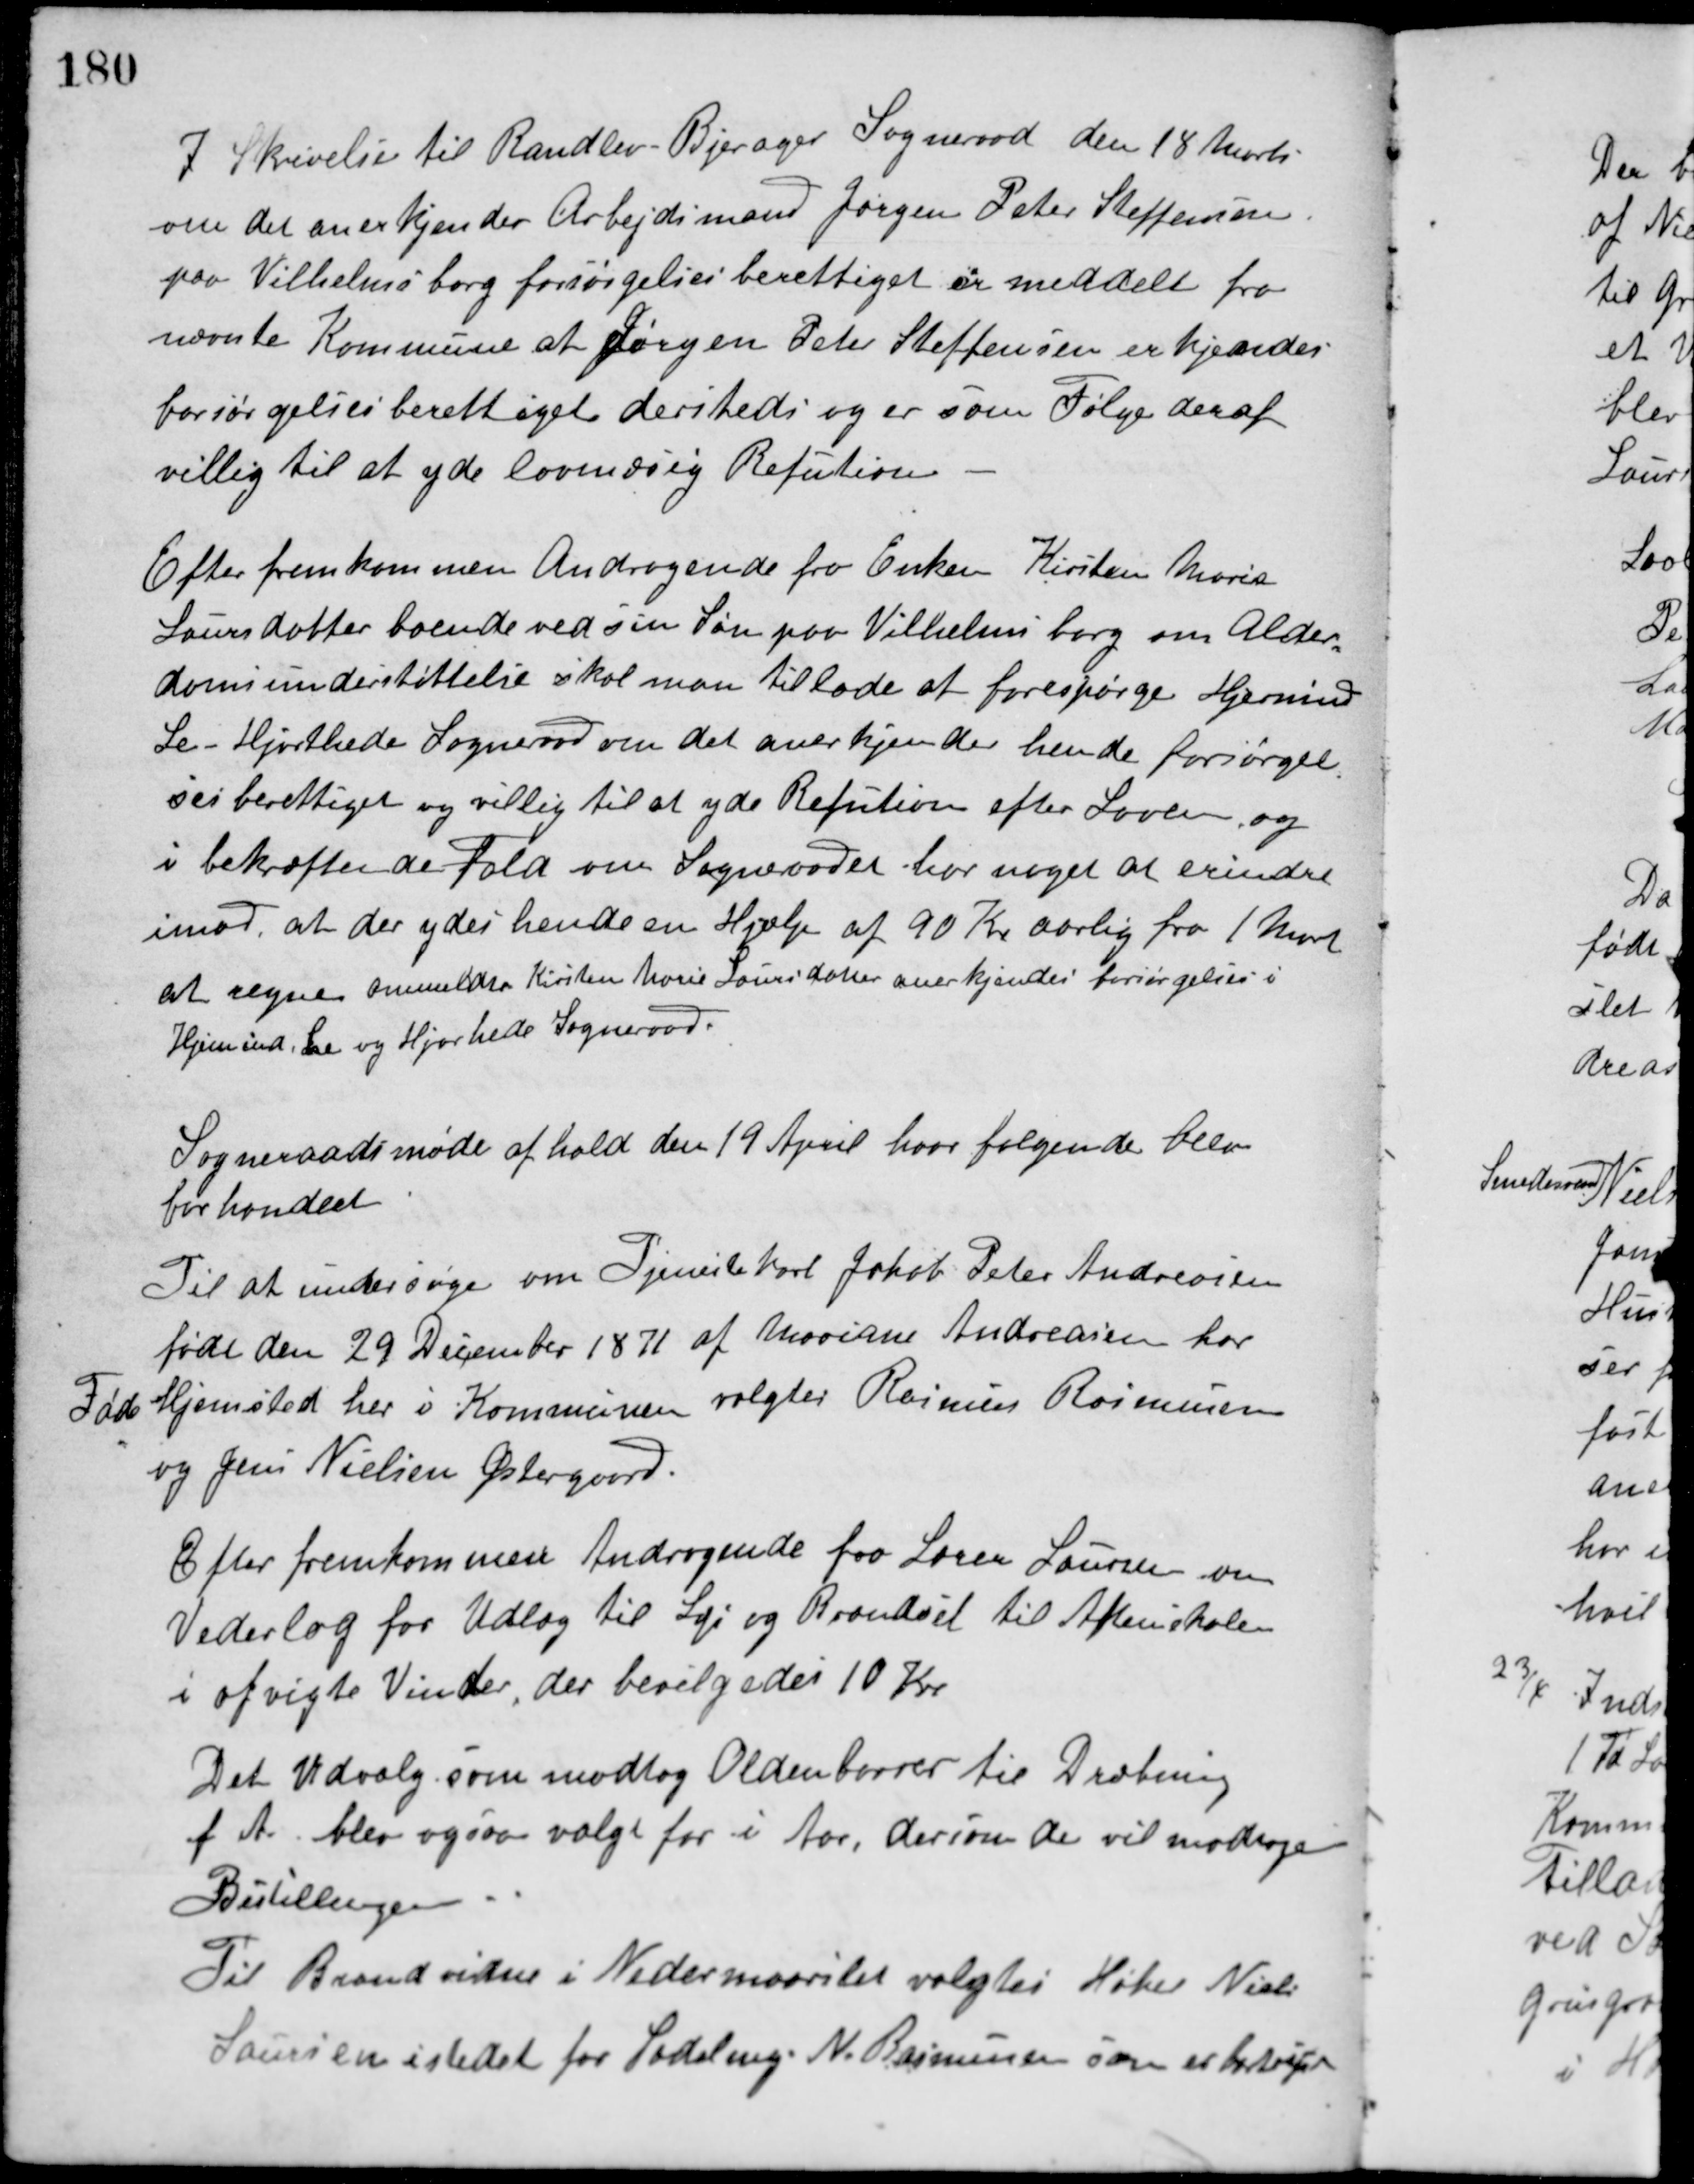
Transskription:
I Skrivelse til Randlev-Bjerager Sogneraad den 18 Marts
om det anerkjender Arbejdsmand Jørgen Peter Steffensen
paa Vilhelmsborg forsørgelsesberettiget er meddelt fra
nævnte Kommune at Jørgen Peter Steffensen erkjendes
forsørgelsesberettiget dersteds og er som Følge deraf
villig til at yde lovmæssig Refution.
Efter fremkommen Andragende fra Enken Kirsten Marie
Laursdatter boende ved sin Søn paa Vilhelmsborg om Alder-
domsunderstøttelse skal man tillade at forespørge Hjermind-
Le-Hjorthede Sogneraad om det anerkjender hende forsørgel-
sesberettiget og villig til at yde Refution efter Loven og
i bekræftende Fald om Sogneraadet har noget at erindre
imod, at der ydes hende en Hjælp af 90 Kr. aarlig fra 1 Marts
at regne. ommeldte Kirsten Marie Laursdatter anerkjendes forsørgelses i
Hjermind-Le og Hjorthede Sogneraad.
Sogneraadsmøde afhold den 19 April hvor følgende blev
forhandlet.
Til at undersøge om Tjenestekarl Jakob Peter Andreasen
født den 29 December 1871 af Mariane Andreasen har
Føde Hjemsted her i Kommunen valgtes Rasmus Rasmussen
og Jens Nielsen Østergaard.
Efter fremkommen Andragende fra Lærer Laursen om
Vederlag for Udlæg til Lys og Brændsel til Aftenskolen
i afvigte Vinter, der bevilgedes 10 Kr.
Det Udvalg som modtog Oldenborrer til Dræbning
f. A. blev ogsaa valgt for i Aar, dersom de vil modtage
Bestillingen.
Til Brandvidne i Nedermaarslet valgtes Høker Niels
Laursen istedet for Sadelmg. N. Rasmussen som er bortrejst.